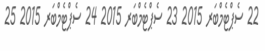
22 ސެޕްޓެމްބަރ 2015 23 ސެޕްޓެމްބަރ 2015 24 ސެޕްޓެމްބަރ 2015 25